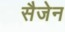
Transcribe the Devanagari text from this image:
सैजेन